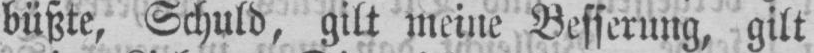
büßte, Schuld, gilt meine Besserung, gilt